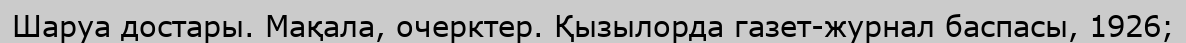
Шаруа достары. Мақала, очерктер. Қызылорда газет-журнал баспасы, 1926;